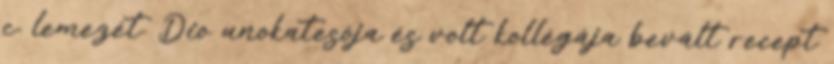
c. lemezét. Dio unokatesója és volt kollégája bevált recept